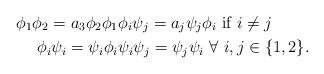
LaTeX: \begin{align*}\phi_1 \phi_2 = a_3 \phi_2\phi_1 & \phi_i \psi_j = a_j \psi_j \phi_i \textrm{ if } i\not= j\\\phi_i \psi_i = \psi_i \phi_i & \psi_i \psi_j = \psi_j \psi_i \ \forall \ i, j \in \{1,2\}.\end{align*}